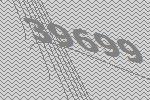
39699